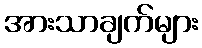
အားသာချက်များ